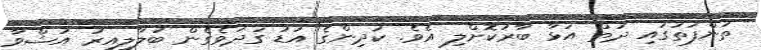
ތުންފަތުގައި ދަތް އަޅާ ބާރުކޮށްލި އެވެ. ކުދިންގެ އަޑު ގަދަވެގެން ބަލާލިއިރު އުޝްވާ